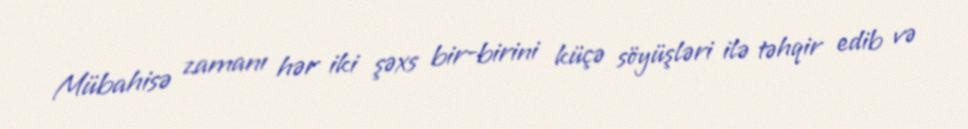
Mübahisə zamanı hər iki şəxs bir-birini küçə söyüşləri ilə təhqir edib və